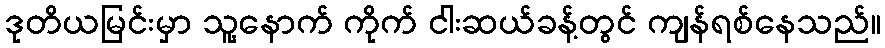
ဒုတိယမြင်းမှာ သူ့နောက် ကိုက် ငါးဆယ်ခန့်တွင် ကျန်ရစ်နေသည်။